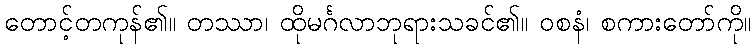
တောင့်တကုန်၏။ တဿာ၊ ထိုမင်္ဂလာဘုရားသခင်၏။ ဝစနံ၊ စကားတော်ကို။